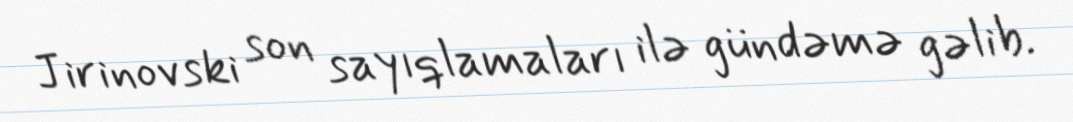
Jirinovski son sayıqlamaları ilə gündəmə gəlib.